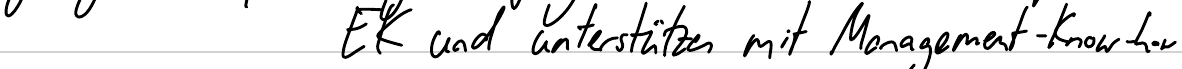
EK und unterstützen mit Management-Know-how